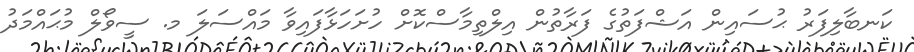
ކަނބާލިފަރު ޙުސައިން އަޝްފަތުގެ ފަރާތުން އިލްތިމާސްކޮށް ހުށަހަޅާފައިވާ މައްސަލަ މ. ސީވޯލް މުޙައްމަދު